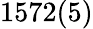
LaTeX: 1572(5)